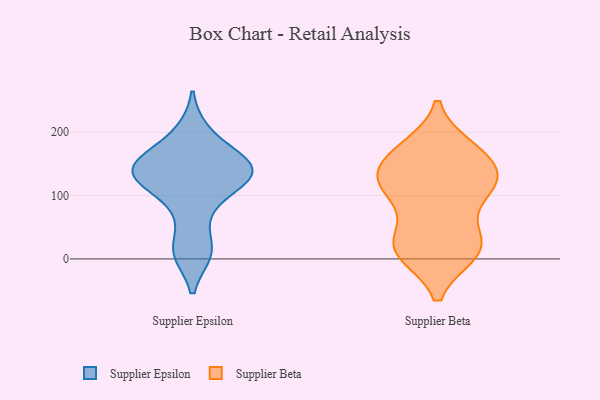
{"axis": {"x": "Bounce Rate (%)", "y": "Value"}, "legend": ["Supplier Beta", "Supplier Epsilon"], "data": [{"x": "", "y": 13, "type": "Supplier Epsilon"}, {"x": "", "y": 133, "type": "Supplier Epsilon"}, {"x": "", "y": 76, "type": "Supplier Epsilon"}, {"x": "", "y": 10, "type": "Supplier Epsilon"}, {"x": "", "y": 120, "type": "Supplier Epsilon"}, {"x": "", "y": 150, "type": "Supplier Epsilon"}, {"x": "", "y": 154, "type": "Supplier Epsilon"}, {"x": "", "y": 133, "type": "Supplier Epsilon"}, {"x": "", "y": 126, "type": "Supplier Epsilon"}, {"x": "", "y": 200, "type": "Supplier Epsilon"}, {"x": "", "y": 159, "type": "Supplier Epsilon"}, {"x": "", "y": 10, "type": "Supplier Beta"}, {"x": "", "y": 12, "type": "Supplier Beta"}, {"x": "", "y": 162, "type": "Supplier Beta"}, {"x": "", "y": 44, "type": "Supplier Beta"}, {"x": "", "y": 160, "type": "Supplier Beta"}, {"x": "", "y": 12, "type": "Supplier Beta"}, {"x": "", "y": 113, "type": "Supplier Beta"}, {"x": "", "y": 20, "type": "Supplier Beta"}, {"x": "", "y": 108, "type": "Supplier Beta"}, {"x": "", "y": 25, "type": "Supplier Beta"}, {"x": "", "y": 174, "type": "Supplier Beta"}, {"x": "", "y": 122, "type": "Supplier Beta"}, {"x": "", "y": 169, "type": "Supplier Beta"}, {"x": "", "y": 129, "type": "Supplier Beta"}, {"x": "", "y": 121, "type": "Supplier Beta"}, {"x": "", "y": 109, "type": "Supplier Beta"}]}